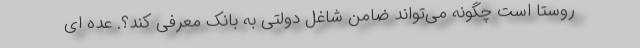
روستا است چگونه می‌تواند ضامن شاغل دولتی به بانک معرفی کند؟. عده ای